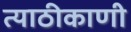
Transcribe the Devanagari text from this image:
त्याठीकाणी